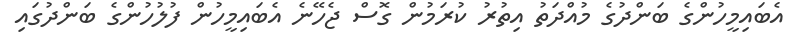
އެބައިމީހުންގެ ބަންދުގެ މުއްދަތު އިތުރު ކުރަމުން ގޮސް ޖެހޭނެ އެބައިމީހުން ފުލުހުންގެ ބަންދުގައި